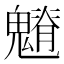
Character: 𩴎